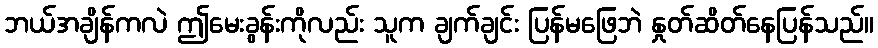
ဘယ်အချိန်ကလဲ ဤမေးခွန်းကိုလည်း သူက ချက်ချင်း ပြန်မဖြေဘဲ နှုတ်ဆိတ်နေပြန်သည်။